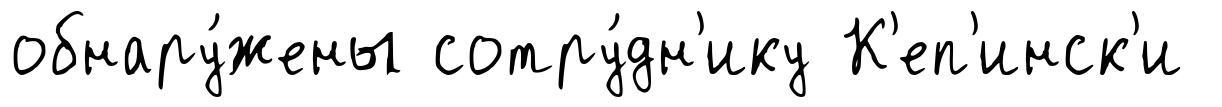
обнару́жены сотру́дн'ику К'еп'инск'и